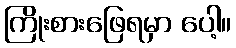
ကြိုးစားဖြေရမှာ ပေါ့။